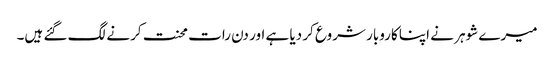
میرے شوہر نے اپنا کاروبار شروع کر دیا ہے اور دن رات محنت کرنے لگ گئے ہیں۔